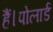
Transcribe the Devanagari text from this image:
हैं।पोलार्ड